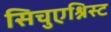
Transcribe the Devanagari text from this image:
सिचुएश्निस्ट